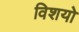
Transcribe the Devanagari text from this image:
विशयो